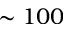
\sim 1 0 0